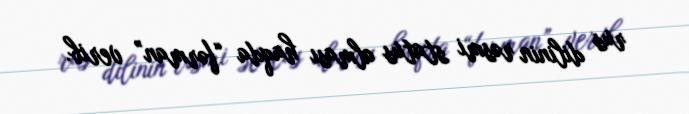
rus dilinin rəsmi status alması haqda “fərman” verib.